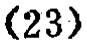
\((23)\)